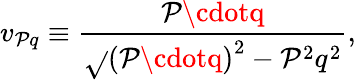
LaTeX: v_{\mathcal{P}q}\equiv\frac{{\mathcal{P}\cdotq}}{{\sqrt{}{{\left(\mathcal{P}\cdotq\right)^{2}-\mathcal{P}^{2}q^{2}}}}},